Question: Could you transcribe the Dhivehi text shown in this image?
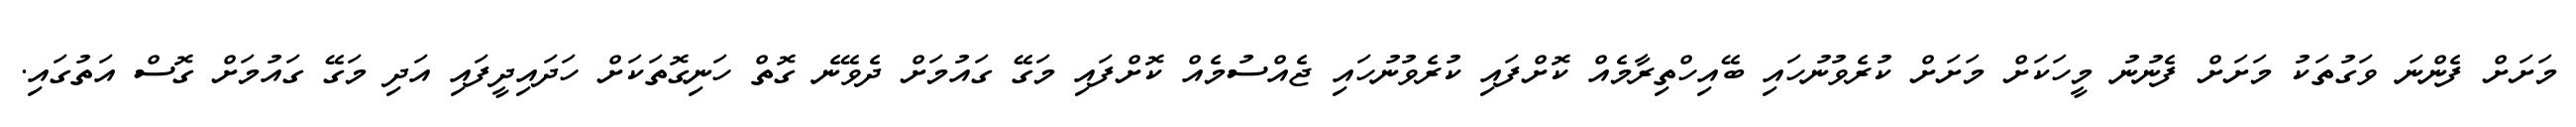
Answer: މަށަށް ފެންނަ ވަގުތަކު މަށަށް ފެނުނު މީހަކަށް މަށަށް ކުރެވުނުހައި ބޭއިހްތިރާމެއް ކޮށްފައި ކުރެވުނުހައި ޖެއްސުމެއް ކޮށްފައި މަގޭ ގައުމަށް ދެވޭނެ ގޮތް ހަނިގޮތަކަށް ހަދައިދީފައި އަދި މަގޭ ގައުމަށް ގޮސް އަތުގައި.